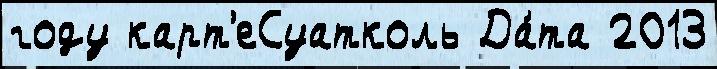
году карт'еСуатколь Да́та 2013